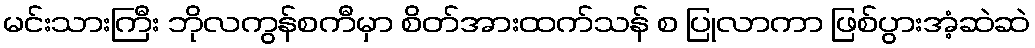
မင်းသားကြီး ဘိုလကွန်စကီမှာ စိတ်အားထက်သန် စ ပြုလာကာ ဖြစ်ပွားအံ့ဆဲဆဲ